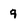
Character: q